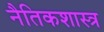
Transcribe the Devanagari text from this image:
नैतिकशास्त्र